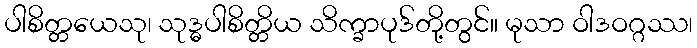
ပါစိတ္တယေသု၊ သုဒ္ဓပါစိတ္တိယ သိက္ခာပုဒ်တို့တွင်။ မုသာ ဝါဒဝဂ္ဂဿ၊